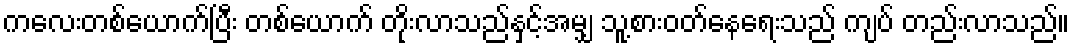
ကလေးတစ်ယောက်ပြီး တစ်ယောက် တိုးလာသည်နှင့်အမျှ သူ့စားဝတ်နေရေးသည် ကျပ် တည်းလာသည်။